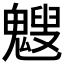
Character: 𩴍